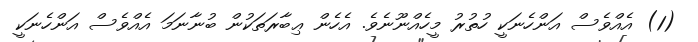
(1) އެއްވެސް އަންހެނަކީ ހުތުރު މީހެއްނޫނެވެ. އެހެން ޢިބާރަތަކުން ބުނާނަމަ އެއްވެސް އަންހެނަކީ